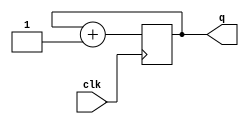
module counter #(parameter W = 16)(
    input clk,

    output [W - 1:0]q
);
reg [W-1:0]cnt = 0;
assign q = cnt;
always @(posedge clk) begin
        cnt <= cnt + 1'b1;
end



/*
*   Write your code for counter of W bit width here
*/

endmodule